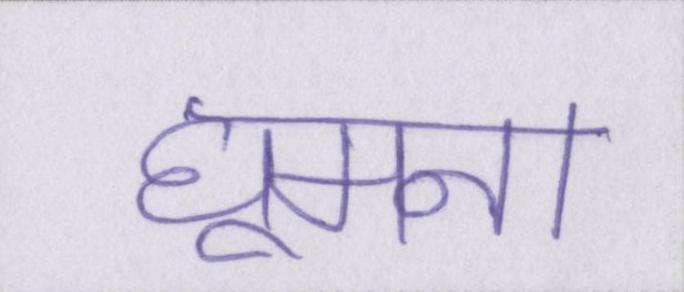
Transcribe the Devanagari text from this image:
घूमना